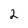
Character: 2